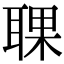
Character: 𦖍